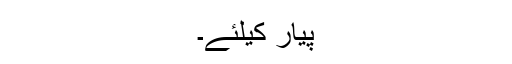
پیار کیلئے۔